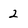
Character: 2